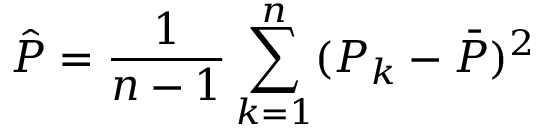
\hat { P } = \frac { 1 } { n - 1 } \sum _ { k = 1 } ^ { n } ( P _ { k } - \bar { P } ) ^ { 2 }